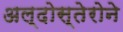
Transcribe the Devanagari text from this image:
अल्दोस्तेरोने